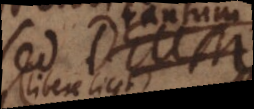
sed ita